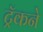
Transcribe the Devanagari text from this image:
ट्रॅकने